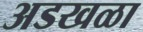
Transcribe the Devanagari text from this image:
अडखळा